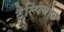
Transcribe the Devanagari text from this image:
टैल्पियोट